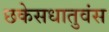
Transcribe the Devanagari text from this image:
छकेसधातुवंस